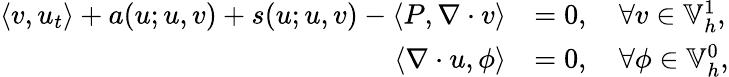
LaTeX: \begin{array}{rl}{\left\langle v,u_{t}\right\rangle+a(u;u,v)+s(u;u,v)-\left\langle P,\nabla\cdot v\right\rangle}&{=0,\quad\forall v\in\mathbb{V}_{h}^{1},}\\ {\left\langle\nabla\cdot u,\phi\right\rangle}&{=0,\quad\forall\phi\in\mathbb{V}_{h}^{0},}\end{array}